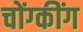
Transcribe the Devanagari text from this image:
चोंग्कींग